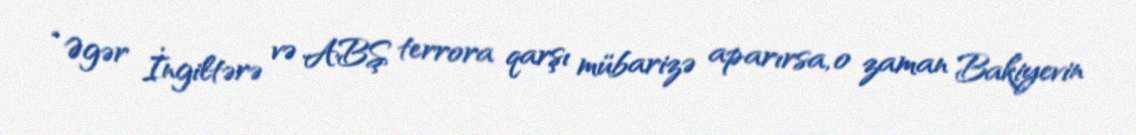
“Əgər İngiltərə və ABŞ terrora qarşı mübarizə aparırsa, o zaman Bakiyevin